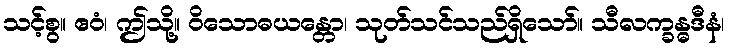
သင့်စွ။ ဧဝံ၊ ဤသို့။ ဝိသောဓယန္တော၊ သုတ်သင်သည်ရှိသော်။ သီလက္ခန္ဓဒီနံ၊